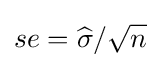
\mathop {se} ={\widehat {\sigma }}/{\sqrt {n}}